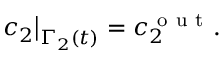
c _ { 2 } \big | _ { \Gamma _ { 2 } ( t ) } = c _ { 2 } ^ { \mathrm { ~ o ~ u ~ t ~ } } .